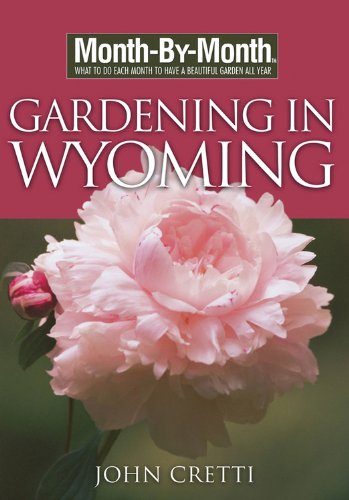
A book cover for Month-By-Month Gardening in Wyoming; John Cretti; Crafts, Hobbies & Home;